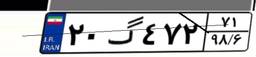
۲۰گ۴۷۲۷۱